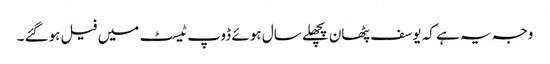
وجہ یہ ہے کہ یوسف پٹھان پچھلے سال ہوئے ڈوپ ٹیسٹ میں فیل ہوگئے ۔